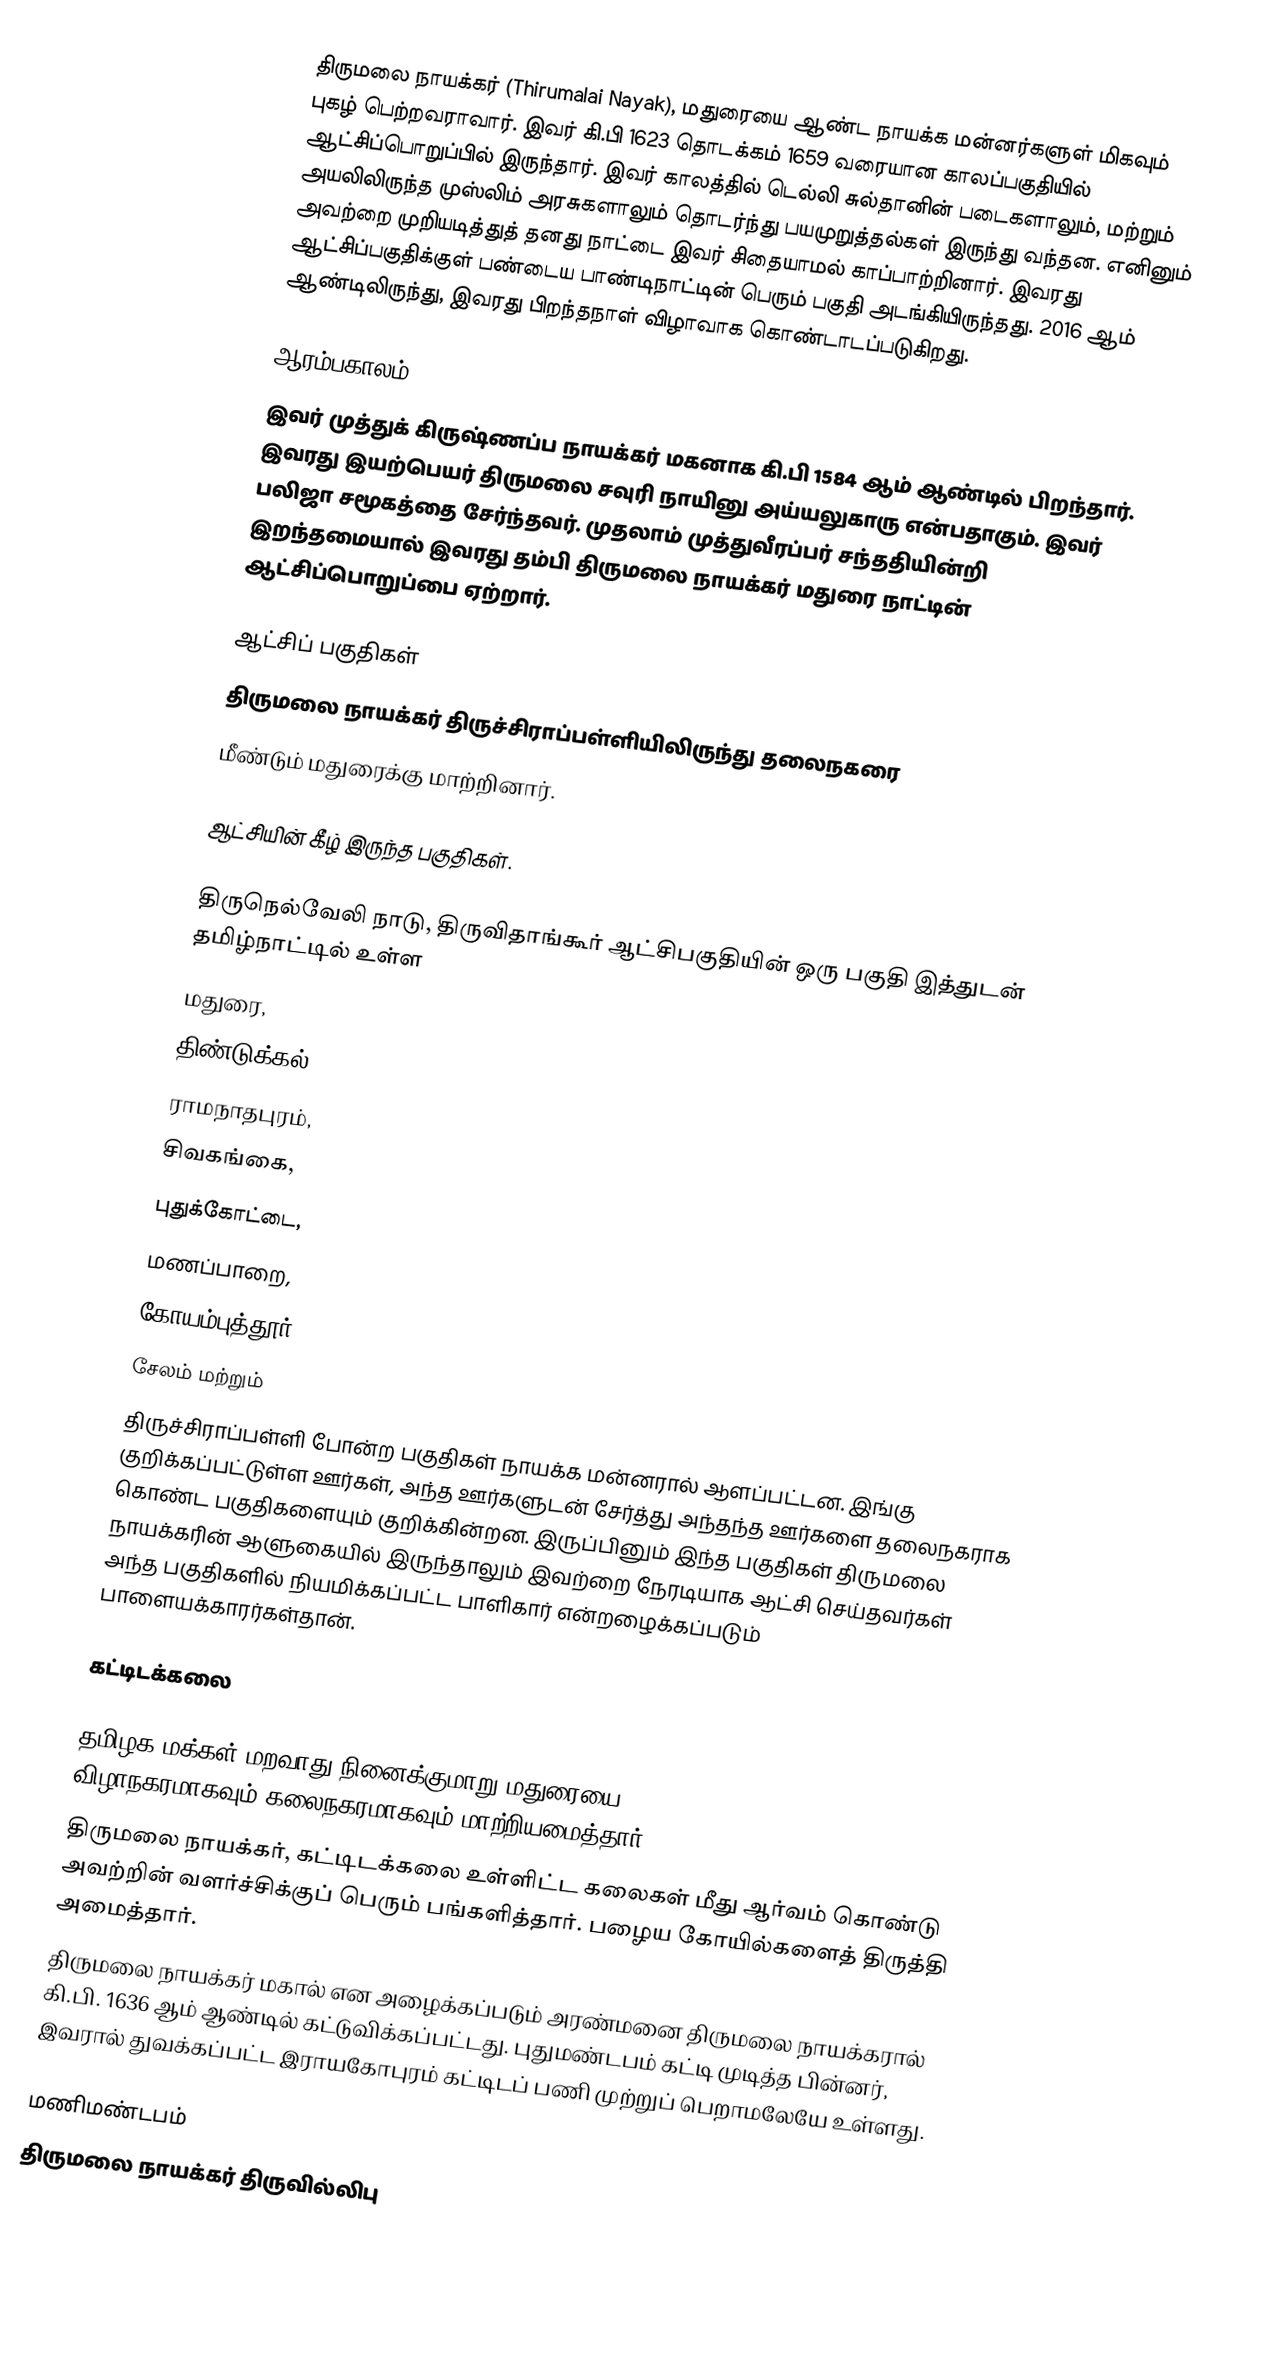
திருமலை நாயக்கர் (Thirumalai Nayak), மதுரையை ஆண்ட நாயக்க மன்னர்களுள் மிகவும் புகழ் பெற்றவராவார். இவர் கி.பி 1623 தொடக்கம் 1659 வரையான காலப்பகுதியில் ஆட்சிப்பொறுப்பில் இருந்தார். இவர் காலத்தில் டெல்லி சுல்தானின் படைகளாலும், மற்றும் அயலிலிருந்த முஸ்லிம் அரசுகளாலும் தொடர்ந்து பயமுறுத்தல்கள் இருந்து வந்தன. எனினும் அவற்றை முறியடித்துத் தனது நாட்டை இவர் சிதையாமல் காப்பாற்றினார். இவரது ஆட்சிப்பகுதிக்குள் பண்டைய பாண்டிநாட்டின் பெரும் பகுதி அடங்கியிருந்தது. 2016 ஆம் ஆண்டிலிருந்து, இவரது பிறந்தநாள் விழாவாக கொண்டாடப்படுகிறது.

ஆரம்பகாலம்
இவர் முத்துக் கிருஷ்ணப்ப நாயக்கர் மகனாக கி.பி 1584 ஆம் ஆண்டில் பிறந்தார். இவரது இயற்பெயர் திருமலை சவுரி நாயினு அய்யலுகாரு என்பதாகும். இவர் பலிஜா சமூகத்தை சேர்ந்தவர். முதலாம் முத்துவீரப்பர் சந்ததியின்றி இறந்தமையால் இவரது தம்பி திருமலை நாயக்கர் மதுரை நாட்டின் ஆட்சிப்பொறுப்பை ஏற்றார்.

ஆட்சிப் பகுதிகள்
திருமலை நாயக்கர் திருச்சிராப்பள்ளியிலிருந்து தலைநகரை
மீண்டும் மதுரைக்கு மாற்றினார்.

ஆட்சியின் கீழ் இருந்த பகுதிகள்.

திருநெல்வேலி நாடு, திருவிதாங்கூர் ஆட்சிபகுதியின் ஒரு பகுதி இத்துடன் தமிழ்நாட்டில் உள்ள
மதுரை,
திண்டுக்கல்,
ராமநாதபுரம்,
சிவகங்கை,
புதுக்கோட்டை,
மணப்பாறை,
கோயம்புத்தூர்,
சேலம் மற்றும்
திருச்சிராப்பள்ளி போன்ற பகுதிகள் நாயக்க மன்னரால் ஆளப்பட்டன. இங்கு குறிக்கப்பட்டுள்ள ஊர்கள், அந்த ஊர்களுடன் சேர்த்து அந்தந்த ஊர்களை தலைநகராக கொண்ட பகுதிகளையும் குறிக்கின்றன. இருப்பினும் இந்த பகுதிகள் திருமலை நாயக்கரின் ஆளுகையில் இருந்தாலும் இவற்றை நேரடியாக ஆட்சி செய்தவர்கள் அந்த பகுதிகளில் நியமிக்கப்பட்ட பாளிகார் என்றழைக்கப்படும் பாளையக்காரர்கள்தான்.

கட்டிடக்கலை

தமிழக மக்கள் மறவாது நினைக்குமாறு மதுரையை விழாநகரமாகவும்,கலைநகரமாகவும் மாற்றியமைத்தார்.
திருமலை நாயக்கர், கட்டிடக்கலை உள்ளிட்ட கலைகள் மீது ஆர்வம் கொண்டு அவற்றின் வளர்ச்சிக்குப் பெரும் பங்களித்தார்.  பழைய கோயில்களைத் திருத்தி அமைத்தார்.
திருமலை நாயக்கர் மகால் என அழைக்கப்படும் அரண்மனை திருமலை நாயக்கரால் கி.பி. 1636 ஆம் ஆண்டில் கட்டுவிக்கப்பட்டது. புதுமண்டபம் கட்டி முடித்த பின்னர், இவரால் துவக்கப்பட்ட இராயகோபுரம் கட்டிடப் பணி முற்றுப் பெறாமலேயே உள்ளது.

மணிமண்டபம்
திருமலை நாயக்கர் திருவில்லிபு